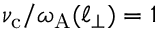
\nu _ { \mathrm { c } } / \omega _ { \mathrm { A } } ( \ell _ { \perp } ) = 1